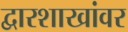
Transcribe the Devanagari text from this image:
द्वारशाखांवर